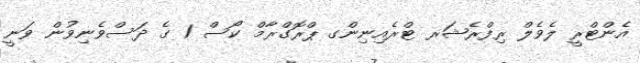
އެންޓްރީ ލެވެލް ރިފްރެޝަރ ޓްރެއިނިންގ ޕްރޮގްރާމް ކޯސް 1 ގެ ދަސްވެނިވުން ވަނީ